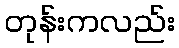
တုန်းကလည်း